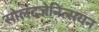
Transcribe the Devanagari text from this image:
सोलदजेनित्सयन